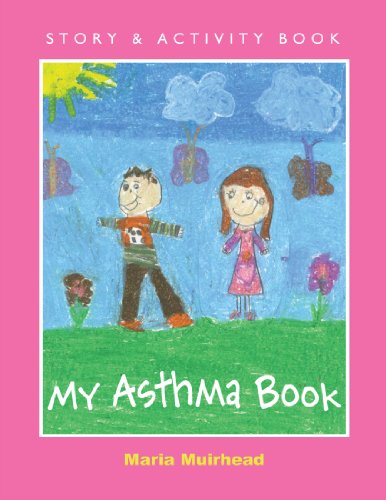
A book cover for My Asthma Book; Maria Muirhead; Health, Fitness & Dieting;